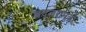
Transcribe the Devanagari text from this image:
बदलरामजी